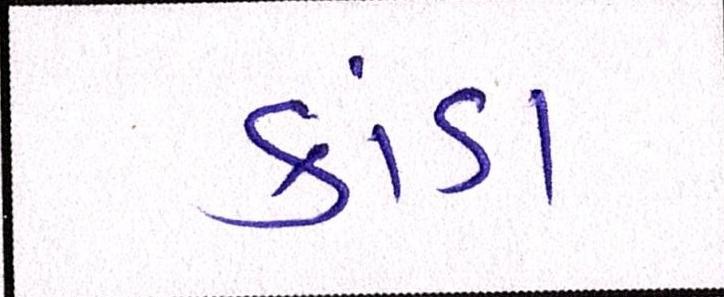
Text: કાંડા